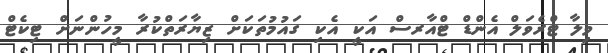
ވިލާ ޓްރެވަލް އެންޑް ޓްއާރސް އަކީ އެކި ގައުމުތަކަށް ޒިޔާރަތްކުރާ މީހުންނަށް ޓިކެޓް